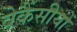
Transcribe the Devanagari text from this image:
वेकैंसीयों